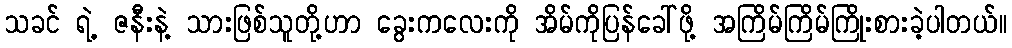
သခင် ရဲ့ ဇနီးနဲ့ သားဖြစ်သူတို့ဟာ ခွေးကလေးကို အိမ်ကိုပြန်ခေါ်ဖို့ အကြိမ်ကြိမ်ကြိုးစားခဲ့ပါတယ်။